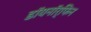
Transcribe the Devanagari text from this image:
डॉयनॉर्फिन